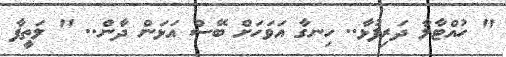
" ހުއްޓާލާ ދަރިފުޅާ.. ހިނގާ އަވަހަށް ބޭސް އަޅަން ދާން.. " ލަތީފާ